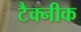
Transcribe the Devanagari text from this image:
टैक्नीक